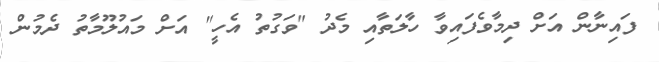
ފައިނާން އަށް ދިމާވެފައިވާ ހާލަތާއި މެދު "ވަގުތު އެހީ" އަށް މައުލޫމާތު ދެމުން